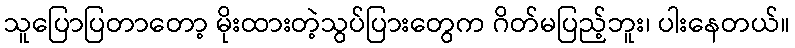
သူပြောပြတာတော့ မိုးထားတဲ့သွပ်ပြားတွေက ဂိတ်မပြည့်ဘူး၊ ပါးနေတယ်။